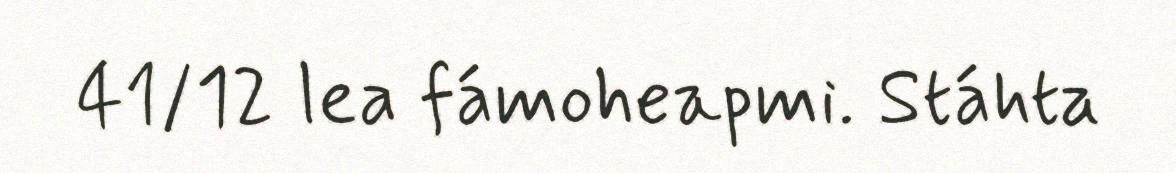
41/12 lea fámoheapmi. Stáhta